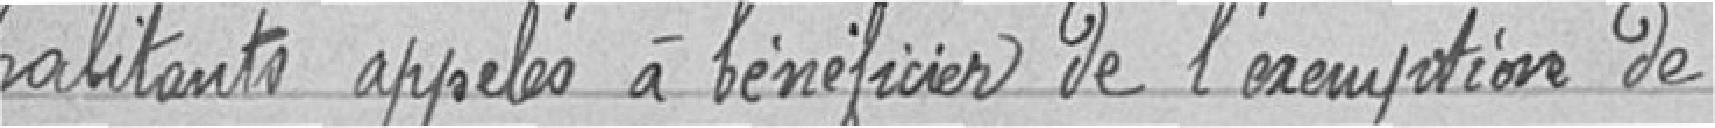
habitants appelés à bénéficier de l'exemption de